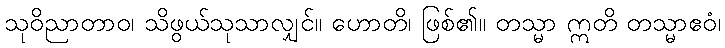
သုဝိညာတာဝ၊ သိဖွယ်သုသာလျှင်။ ဟောတိ၊ ဖြစ်၏။ တသ္မာ ဣတိ တသ္မာဧဝံ၊